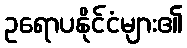
ဥရောပနိုင်ငံများ၏